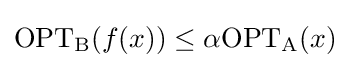
\mathrm {OPT_{B}} (f(x))\leq \alpha \mathrm {OPT_{A}} (x)